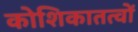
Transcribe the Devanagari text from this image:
कोशिकातत्वों